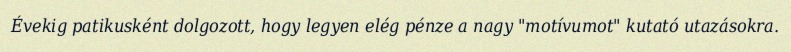
Évekig patikusként dolgozott, hogy legyen elég pénze a nagy "motívumot" kutató utazásokra.